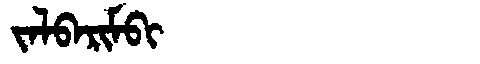
Manchu: ᠵᠠᠯᠪᠠᡵᡳᠮᠪᡳ
Romanization: JALBARIMBI